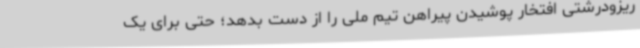
ریزودرشتی افتخار پوشیدن پیراهن تیم ملی را از دست بدهد؛ حتی برای یک